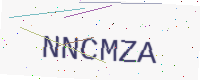
Text: NNCMZA